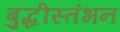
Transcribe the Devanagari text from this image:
बुद्धीस्तंभन